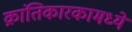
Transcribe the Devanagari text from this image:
क्रांतिकारकामध्ये